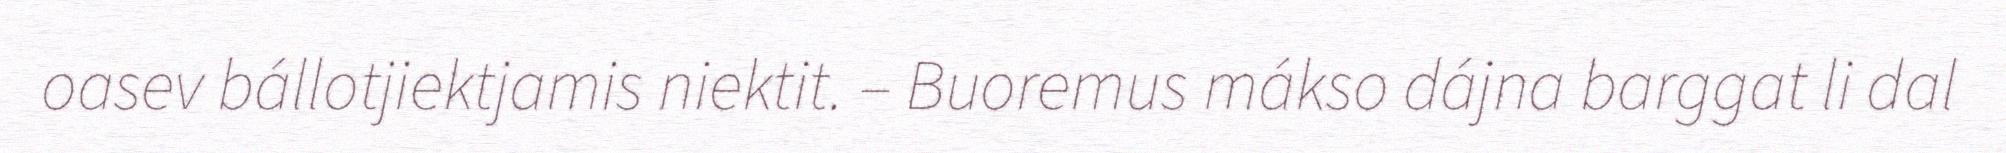
oasev bállotjiektjamis niektit. – Buoremus mákso dájna barggat li dal